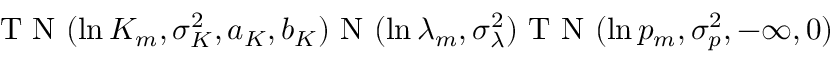
\mathrm { ~ T ~ N ~ } ( \ln K _ { m } , \sigma _ { K } ^ { 2 } , a _ { K } , b _ { K } ) \mathrm { ~ N ~ } ( \ln \lambda _ { m } , \sigma _ { \lambda } ^ { 2 } ) \mathrm { ~ T ~ N ~ } ( \ln p _ { m } , \sigma _ { p } ^ { 2 } , - \infty , 0 )